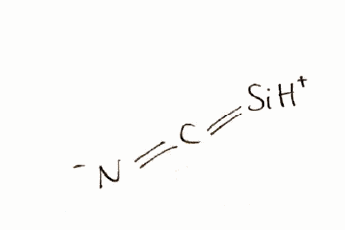
Simplified molecular-input line-entry system (SMILES) notation of the given molecule:
C(=[N-])=[SiH+]